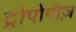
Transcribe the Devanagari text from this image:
ट्रोपोपौज़